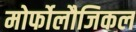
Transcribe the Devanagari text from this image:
मोर्फोलौजिकल